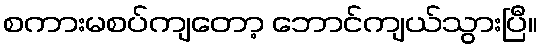
စကားမစပ်ကျတော့ ဘောင်ကျယ်သွားပြီ။